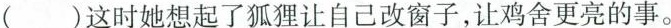
()这时她想起了狐狸让自己改窗子，让鸡舍更亮的事。